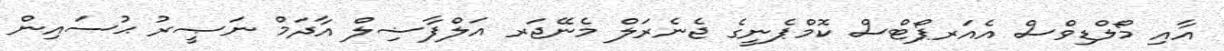
އާއި މޯލްޑިވްސް އެއަރޕޯޓްސް ކޮމްޕެނީގެ ޖެނެރަލް މެނޭޖަރ އަލްފާޟިލް އާދަމް ނަޞީރު ޙުސައިން